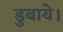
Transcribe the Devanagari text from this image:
डुबाये।